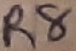
Text: R8